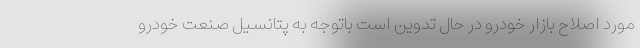
مورد اصلاح بازار خودرو در حال تدوين است باتوجه به پتانسيل صنعت خودرو